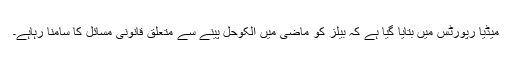
میڈیا رپورٹس میں بتایا گیا ہے کہ بیلز کو ماضی میں الکوحل پینے سے متعلق قانونی مسائل کا سامنا رہاہے۔